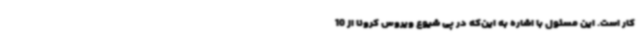
کار است. این مسئول با اشاره به این‌که در پی شیوع ویروس کرونا از 10